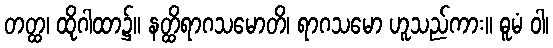
တတ္ထ၊ ထိုဂါထာ၌။ နတ္ထိရာဂသမောတိ၊ ရာဂသမော ဟူသည်ကား။ ဓူမံ ဝါ၊